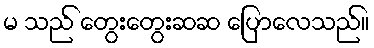
မ သည် တွေးတွေးဆဆ ပြောလေသည်။